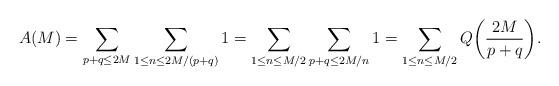
LaTeX: \begin{align*}A(M) = \sum_{p+q \le 2M} \sum_{1\le n\le 2M/(p+q)} 1 = \sum_{1\le n\le M/2} \sum_{p+q \le 2M/n} 1 = \sum_{1\le n\le M/2} Q\bigg( \frac{2M}{p+q} \bigg).\end{align*}